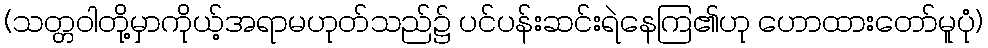
(သတ္တဝါတို့မှာကိုယ့်အရာမဟုတ်သည်၌ ပင်ပန်းဆင်းရဲနေကြ၏ဟု ဟောထားတော်မူပုံ)